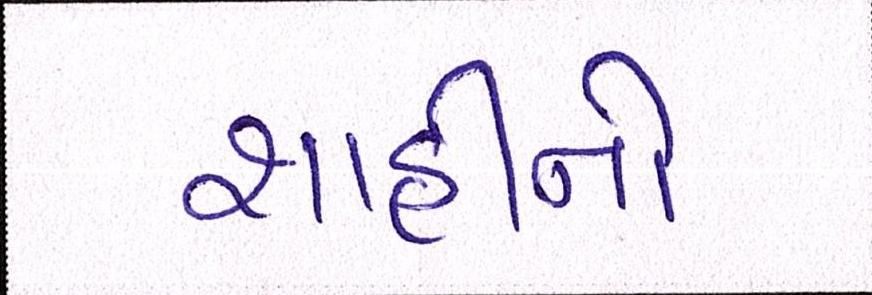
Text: શાહીનો